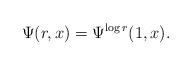
LaTeX: \begin{align*}\Psi(r,x) = \Psi^{\log r}(1,x).\end{align*}